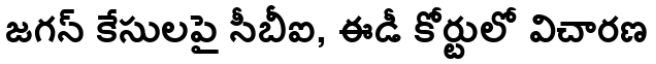
జగన్ కేసులపై సీబీఐ, ఈడీ కోర్టులో విచారణ